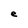
Character: e